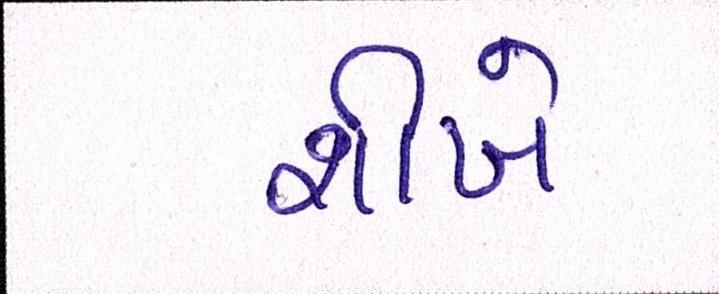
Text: શીખે